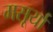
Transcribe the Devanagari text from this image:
मसूर्या